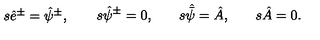
\begin{matrix} { s \hat { e } ^ { \pm } = \hat { \psi } ^ { \pm } , \quad } & { \quad s \hat { \psi } ^ { \pm } = 0 , \quad } & { \quad s \skew 5 \hat { \bar { \psi } } = \hat { A } , \quad } & { \quad s \hat { A } = 0 . } \\ \end{matrix}